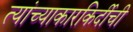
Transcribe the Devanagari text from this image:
त्यांच्याकारकिर्दीची